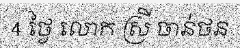
4 ថ្ងៃ លោក ស្រី ចាន់ថន